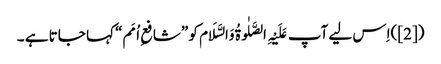
([2])اِس لیے آپ عَلَیْہِ الصَّلٰوۃُ وَالسَّلَام کو ”شافعِ اُمَم“ کہا جاتا ہے ۔